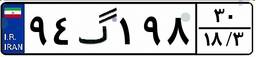
۲۱گ۳۱۵۲۷